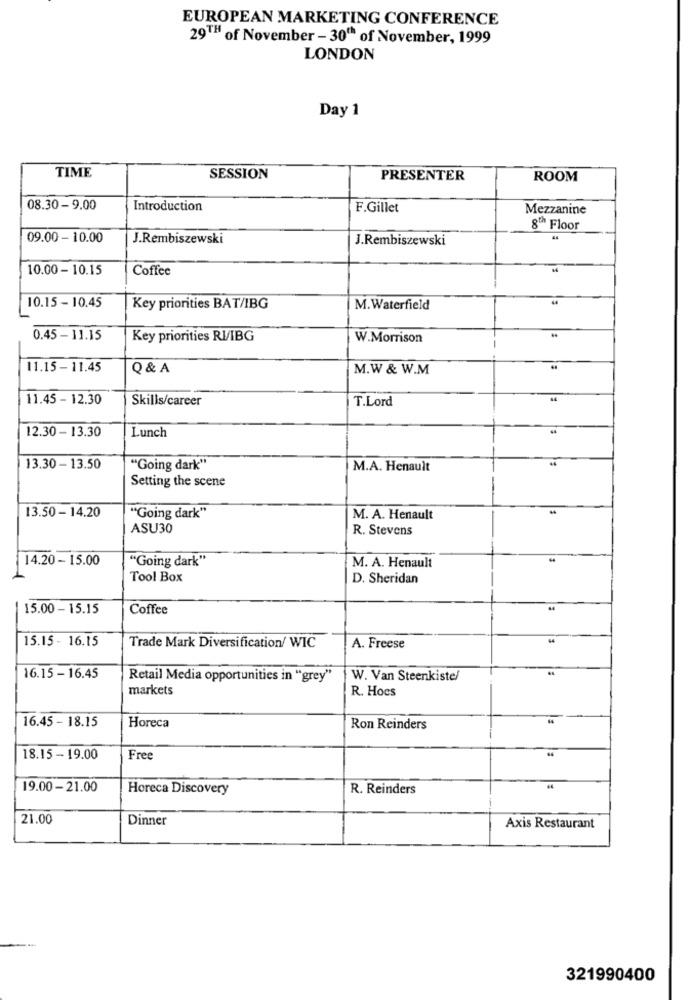
EUROPEAN MARKETING CONFERENCE
29TH of November - 30th of November, 1999
LONDON
Day 1
TIME
SESSION
PRESENTER
ROOM
08.30 - 9.00
Introduction
F.Gillet
Mezzanine
8Th Floor
09.00 - 10.00
J.Rembiszewski
J.Rembiszewski
10.00 - 10.15
Coffee
10.15 - 10.45
Key priorities BAT/IBG
M.Waterfield
0.45 - 11.15
Key priorities RI/IBG
W.Morrison
11.15- 11.45
Q & A
M.W & W.M
11.45 - 12.30
Skills/career
T.Lord
12.30 - 13.30
Lunch
13.30 - 13.50
"Going dark"
M.A. Henault
Setting the scene
13.50 - 14.20
"Going dark"
M. A. Henault
ASU30
R. Stevens
14.20 - 15.00
"Going dark"
M. A. Henault
Tool Box
D. Sheridan
15.00 - 15.15
Coffee
15.15 - 16.15
Trade Mark Diversification/ WIC
A. Freese
16.15 - 16.45
Retail Media opportunities in "grey"
W. Van Steenkiste/
markets
R. Hocs
16.45 - 18.15
Horeca
Ron Reinders
18.15 - 19.00
Free
19.00 - 21.00
Horeca Discovery
R. Reinders
21.00
Dinner
Axis Restaurant
321990400